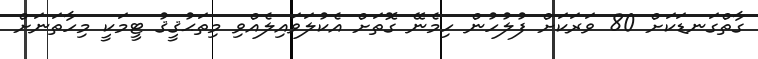
ގާތްގަނޑަކަށް 80 ވަރަކަށް ފުލުހުން ހިމެނޭ ގޮތަށް އެކުލަވައިލެއްވި މިތަޙުޤީޤު ޓީމަކީ މިހާތަނަށް